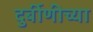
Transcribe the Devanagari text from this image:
दुर्बीणीच्या